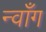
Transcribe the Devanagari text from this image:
न्वाँग